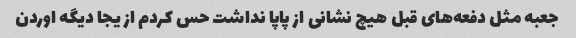
جعبه مثل دفعه‌های قبل هیچ نشانی از پاپا نداشت حس کردم از یجا دیگه اوردن